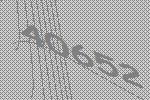
40652